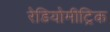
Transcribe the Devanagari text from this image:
रेडियोमीट्रिक